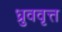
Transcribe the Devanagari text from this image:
ध्रुववृत्त